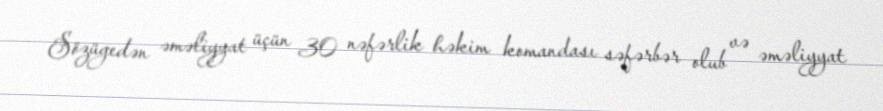
Sözügedən əməliyyat üçün 30 nəfərlik həkim komandası səfərbər olub və əməliyyat